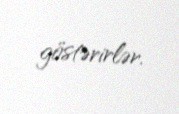
göstərirlər.